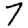
Digit: 7